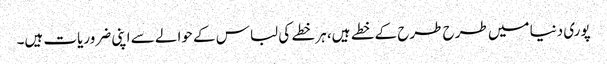
پوری دنیا میں طرح طرح کے خطے ہیں، ہر خطے کی لباس کے حوالے سے اپنی ضروریات ہیں۔